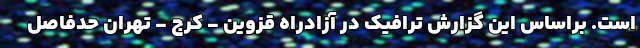
است. براساس این گزارش ترافیک در آزادراه قزوین - کرج - تهران حدفاصل